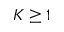
K \geq 1